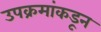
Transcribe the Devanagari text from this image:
उपक्रमांकडून